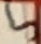
Text: 5